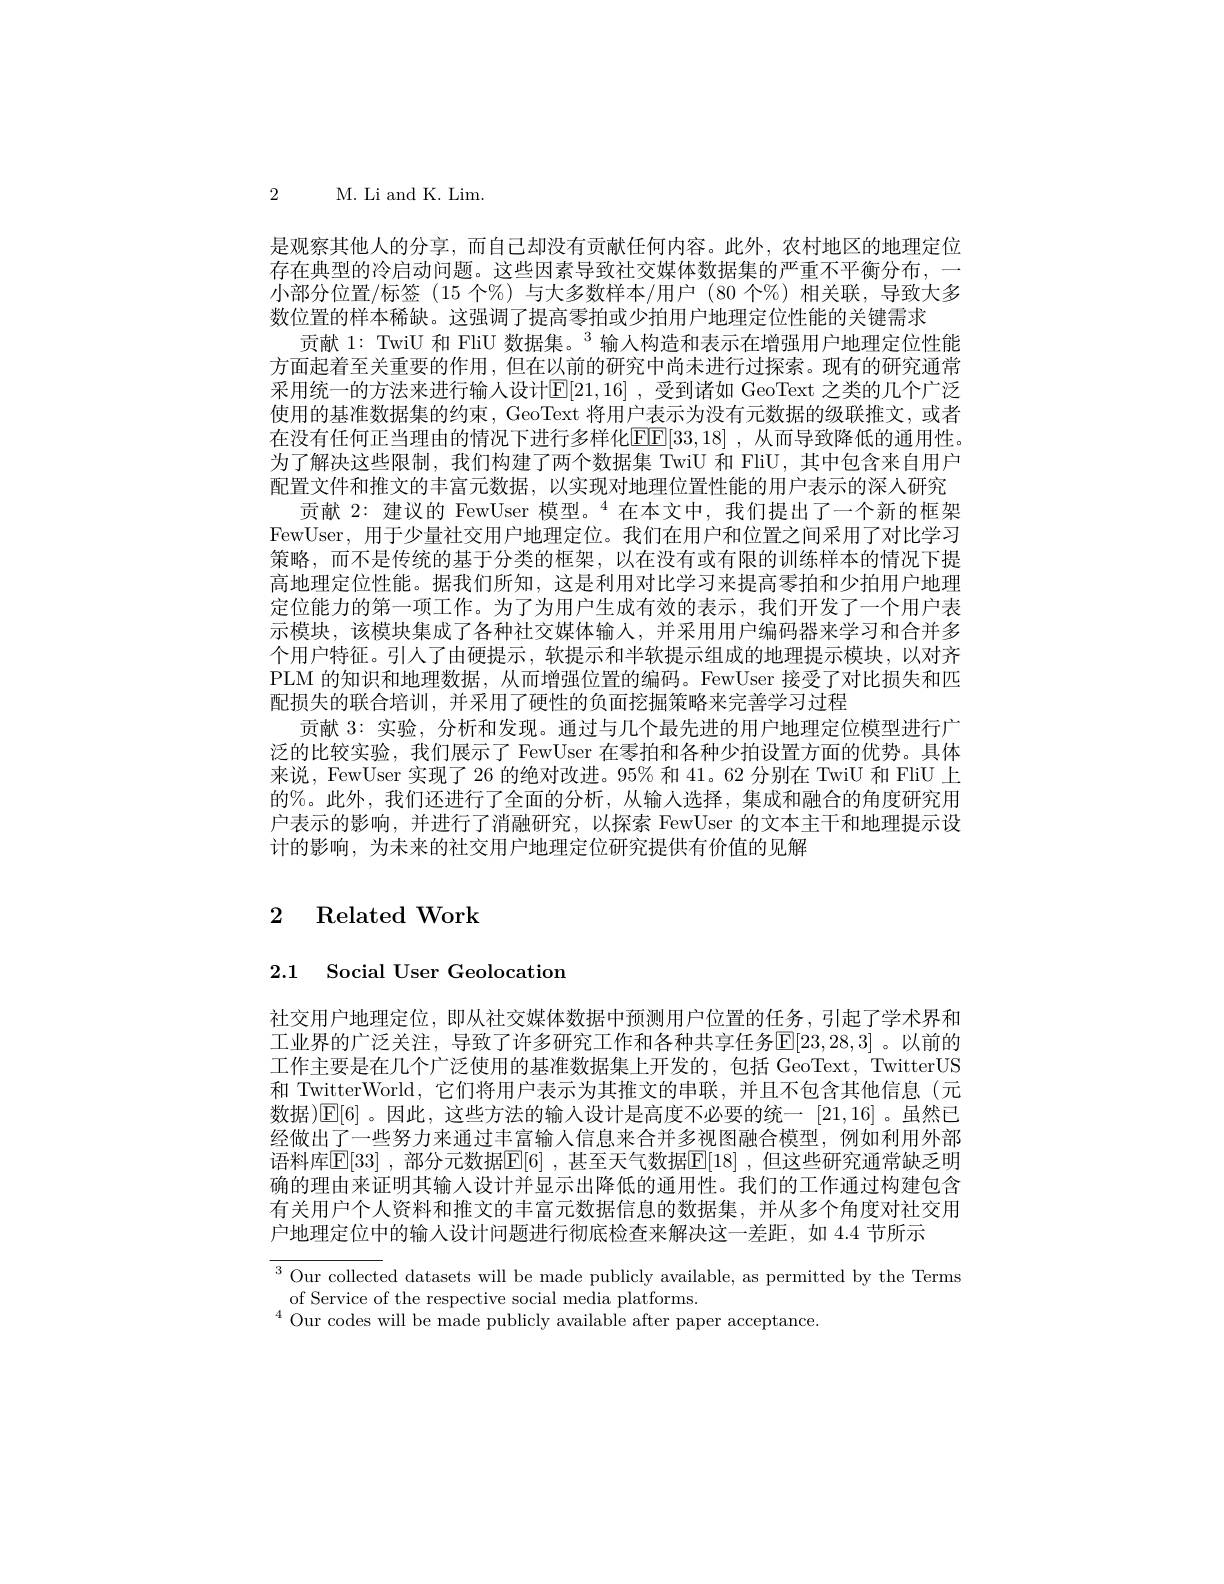
2 M. Li and K. Lim.

是观察其他人的分享，而自己却没有贡献任何内容。此外，农村地区的地理定位存在典型的冷启动问题。这些因素导致社交媒体数据集的严重不平衡分布，一小部分位置/标签 (15 个%)与大多数样本/用户 (80 个%)相关联，导致大多数位置的样本稀缺。这强调了提高零拍或少拍用户地理定位性能的关键需求
贡献 1: TwiU 和 FliU 数据集。$^{3}$输人构造和表示在增强用户地理定位性能方面起着至关重要的作用，但在以前的研究中尚未进行过探索。现有的研究通常采用统一的方法来进行输人设计$\mathbb{E}[21,16]$ ,受到诸如 GeoText 之类的几个广泛使用的基准数据集的约束，GeoText 将用户表示为没有元数据的级联推文，或者在没有任何正当理由的情况下进行多样化EE[33,18] ,从而导致降低的通用性。为了解决这些限制，我们构建了两个数据集 TwiU 和 FliU,其中包含来自用户配置文件和推文的丰富元数据，以实现对地理位置性能的用户表示的深入研究
贡献 2: 建议的 FewUser 模型。$^{4}$在本文中，我们提出了一个新的框架FewUser, 用于少量社交用户地理定位。我们在用户和位置之间采用了对比学习策略，而不是传统的基于分类的框架，以在没有或有限的训练样本的情况下提高地理定位性能。据我们所知，这是利用对比学习来提高零拍和少拍用户地理定位能力的第一项工作。为了为用户生成有效的表示，我们开发了一个用户表示模块，该模块集成了各种社交媒体输入，并采用用户编码器来学习和合并多个用户特征。引人了由硬提示，软提示和半软提示组成的地理提示模块，以对齐PLM 的知识和地理数据，从而增强位置的编码。FewUser 接受了对比损失和匹配损失的联合培训，并采用了硬性的负面挖掘策略来完善学习过程
贡献 3: 实验，分析和发现。通过与几个最先进的用户地理定位模型进行广泛的比较实验，我们展示了 FewUser 在零拍和各种少拍设置方面的优势。具体来说，FewUser 实现了 26 的绝对改进。95% 和 41。62 分别在 TwiU 和 FliU 上的%。此外，我们还进行了全面的分析，从输入选择，集成和融合的角度研究用户表示的影响，并进行了消融研究，以探索 FewUser 的文本主干和地理提示设计的影响，为未来的社交用户地理定位研究提供有价值的见解

# 2 Related Work

2.1 Social User Geolocation

社交用户地理定位，即从社交媒体数据中预测用户位置的任务，引起了学术界和工业界的广泛关注，导致了许多研究工作和各种共享任务$\mathbb{E}[23,28,3]$。以前的工作主要是在几个广泛使用的基准数据集上开发的，包括 GeoText, TwitterUS 和 TwitterWorld,它们将用户表示为其推文的串联，并且不包含其他信息(元数据)[E[6]。因此，这些方法的输入设计是高度不必要的统一[21,16]。虽然已经做出了一些努力来通过丰富输人信息来合并多视图融合模型，例如利用外部语料库$\mathbb{E}[33]$ ,部分元数据$\mathbb{E}[6]$ ,甚至天气数据$\mathbb{E}[18]$ ,但这些研究通常缺乏明确的理由来证明其输人设计并显示出降低的通用性。我们的工作通过构建包含有关用户个人资料和推文的丰富元数据信息的数据集，并从多个角度对社交用户地理定位中的输人设计问题进行彻底检查来解决这一差距，如 4.4 节所示

${^{3}\text{Our collected datasets will be made publicly available, as permitted by the Terms}}$
of Service of the respective social media platforms.
$^{4}$Our codes will be made publicly available after paper acceptance